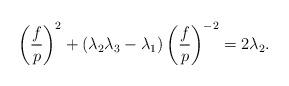
LaTeX: \begin{align*}\left( \frac{f}{p}\right) ^{2}+\left( \lambda _{2}\lambda _{3}-\lambda_{1}\right) \left( \frac{f}{p}\right) ^{-2}=2\lambda _{2}. \end{align*}